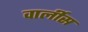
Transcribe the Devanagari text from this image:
वार्लीस